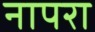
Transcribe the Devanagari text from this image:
नापरा